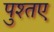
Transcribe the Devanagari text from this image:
पुश्तए